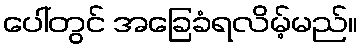
ပေါ်တွင် အခြေခံရလိမ့်မည်။